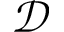
\mathcal { D }